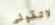
لاتقولي